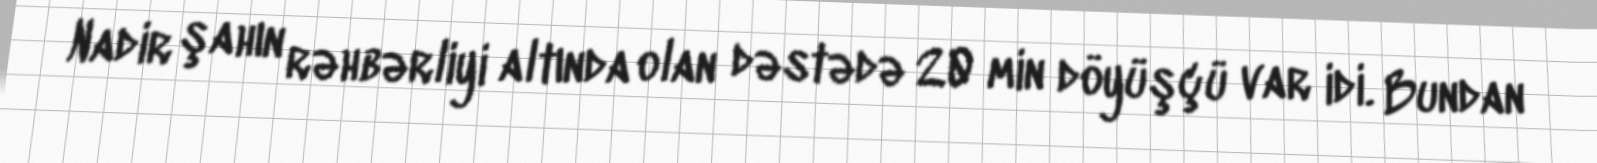
Nadir şahın rəhbərliyi altında olan dəstədə 20 min döyüşçü var idi. Bundan